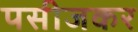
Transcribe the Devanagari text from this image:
पसीजकर